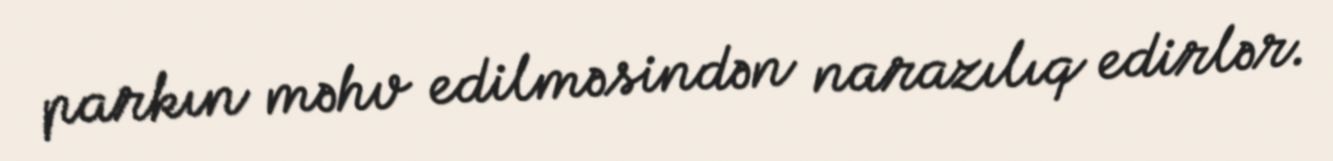
parkın məhv edilməsindən narazılıq edirlər.